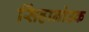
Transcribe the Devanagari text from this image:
सिंहानोउक